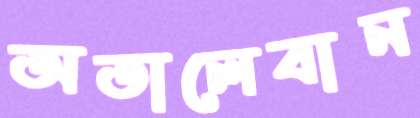
অতালেবান